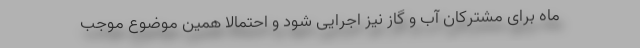
ماه برای مشترکان آب و گاز نیز اجرایی شود و احتمالا همین موضوع موجب